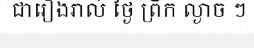
ជារៀងរាល់ ថ្ងៃ ព្រឹក ល្ងាច ៗ